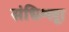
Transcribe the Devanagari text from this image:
संधिश्लूा